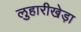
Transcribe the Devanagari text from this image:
लुहारीखेड़ा